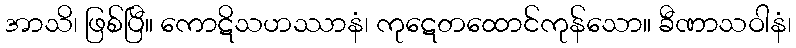
အာသိ၊ ဖြစ်ပြီ။ ကောဋိသဟဿာနံ၊ ကုဋေတထောင်ကုန်သော။ ခီဏာသဝါနံ၊